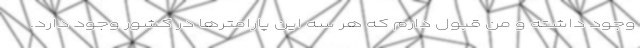
وجود داشته و من قبول دارم که هر سه این پارامترها در کشور وجود دارد.